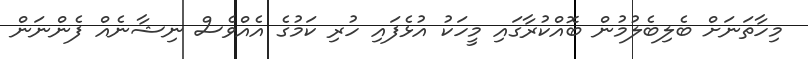
މިހާތަނަށް ބެލިބެލުމުން ބޮއްކުރާގައި މީހަކު އުޅެފައި ހުރި ކަމުގެ އެއްވެސް ނިޝާނެއް ފެންނަން